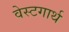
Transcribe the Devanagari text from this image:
वेस्टगार्थ